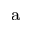
^ \mathrm { a }